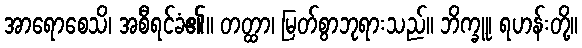
အာရောစေသိ၊ အစီရင်ခံ၏။ တတ္ထာ၊ မြတ်စွာဘုရားသည်။ ဘိက္ခူ၊ ရဟန်းတို့။